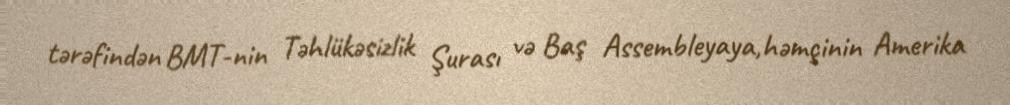
tərəfindən BMT-nin Təhlükəsizlik Şurası və Baş Assembleyaya,həmçinin Amerika